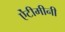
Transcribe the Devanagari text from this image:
ऐंटीमीनी